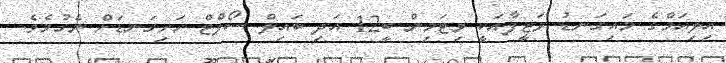
އިލިއަމްގެ މައިގަނޑު ވަޒީފާއަކީ ވިޓަމިން ބީ12 އަދި ބައިލް ސޯލްޓް ހަށިގަނޑަށް ނެގުމެވެ.